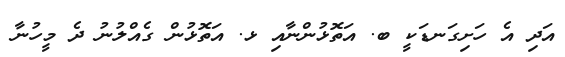
އަދި އެ ހަށިގަނޑަކީ ބ. އަތޮޅުންނާއި ޅ. އަތޮޅުން ގެއްލުނު ދެ މީހުނާ